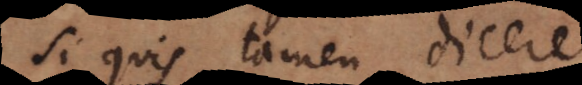
Si quis tamen dicere